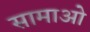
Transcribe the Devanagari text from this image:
सामाओ